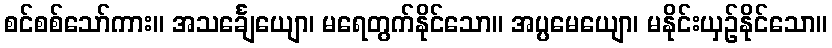
စင်စစ်သော်ကား။ အသင်္ချေယျော၊ မရေတွက်နိုင်သော။ အပ္ပမေယျော၊ မနိုင်းယှဉ်နိုင်သော။